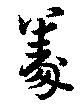
義